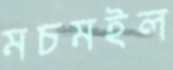
মচমইল